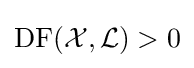
\operatorname {DF} ({\mathcal {X}},{\mathcal {L}})>0